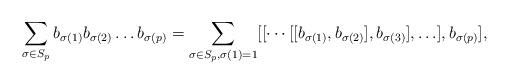
LaTeX: \begin{align*} \sum_{\sigma\in S_p}b_{\sigma(1)}b_{\sigma(2)}\ldots b_{\sigma(p)}=\sum_{\sigma\in S_p,\sigma(1)=1}[[\cdots[[b_{\sigma(1)},b_{\sigma(2)}],b_{\sigma(3)}],\ldots],b_{\sigma(p)}],\end{align*}